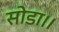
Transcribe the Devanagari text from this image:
सोडा।।